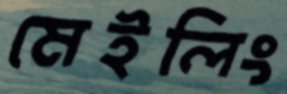
মেইলিং